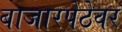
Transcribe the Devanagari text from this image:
बाजारपेठेवर